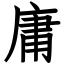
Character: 庸